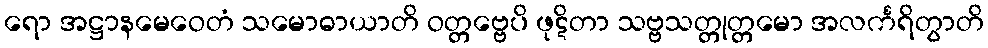
ရော အဋ္ဌာနမေဝေတံ သမောဓာယာတိ ဝတ္တဗ္ဗေပိ ဖုဋိတာ သဗ္ဗသတ္တုတ္တမော အလင်္ကရိတွာတိ